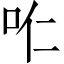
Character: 𱒊